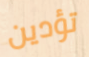
تؤدين